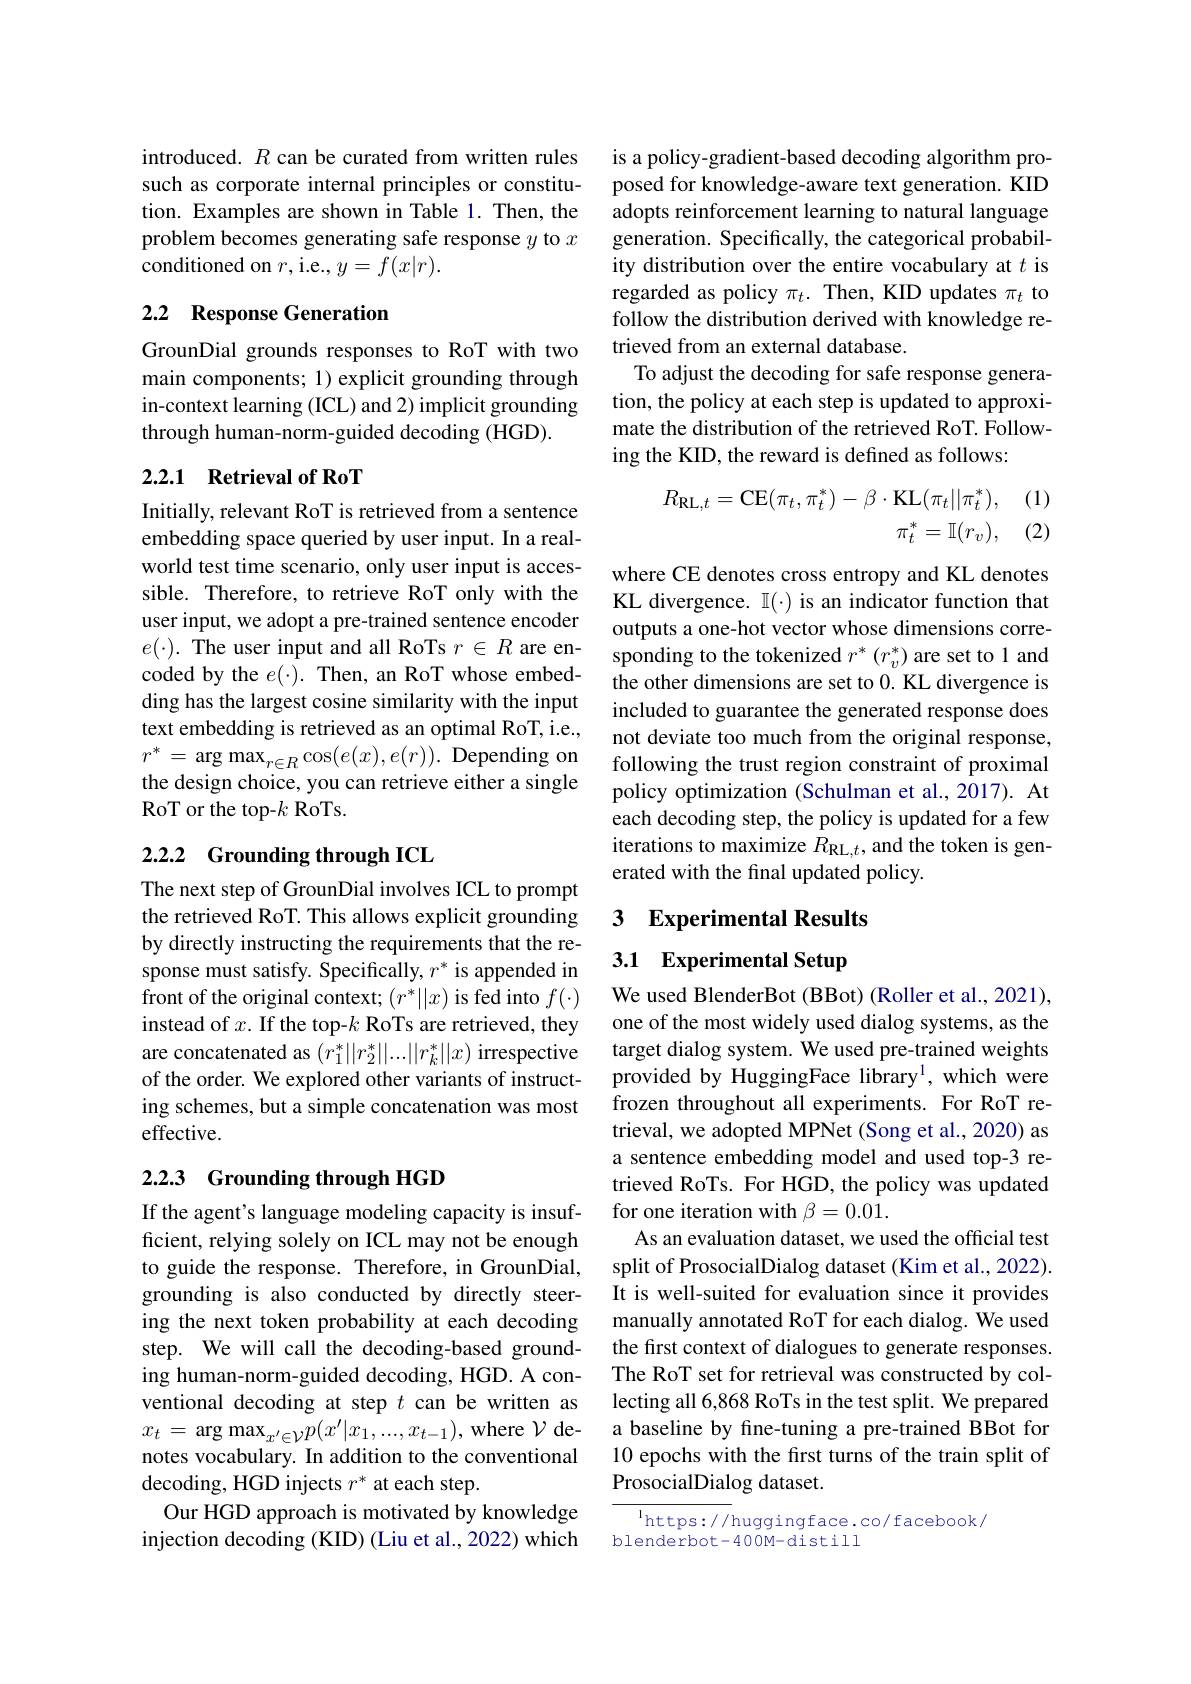
introduced. $R$ can be curated from written rules is a policy-gradient-based decoding algorithm pro-
such as corporate internal principles or constitution. Examples are shown in Table 1. Then, the problem becomes generating safe response $y$ to $x$ conditioned on $r$,i.e., $y=f(x|r).$

## 2.2 Response Generation

GrounDial grounds responses to RoT with two main components; 1) explicit grounding through in-context learning (ICL) and 2) implicit grounding through human-norm-guided decoding (HGD).

## 2.2.1 Retrieval of RoT

Initially, relevant RoT is retrieved from a sentence embedding space queried by user input. In a realworld test time scenario, only user input is accessible. Therefore, to retrieve RoT only with the user input, we adopt a pre-trained sentence encoder $e(\cdot).$ The user input and all RoTs $r\in R$ are encoded by the $e(\cdot).$ Then, an RoT whose embedding has the largest cosine similarity with the input text embedding is retrieved as an optimal RoT, i.e., $r^{*}=$arg max$_r\in R\cos(e(x),e(r)).$Depending on the design choice, you can retrieve either a single RoT or the top-$k$ RoTs.

## 2.2.2 Grounding through ICL

The next step of GrounDial involves ICL to prompt the retrieved RoT. This allows explicit grounding by directly instructing the requirements that the response must satisfy. Specifically, $r^*$ is appended in front of the original context; $(r^*||x)$ is fed into $f(\cdot)$ instead of $x.$ If the top-$k$ RoTs are retrieved, they are concatenated as $(r_1^*||r_2^*||...||r_k^*||x)$ irrespective of the order. We explored other variants of instructing schemes, but a simple concatenation was most effective.

## 2.2.3 Grounding through HGD

If the agent's language modeling capacity is insufficient, relying solely on ICL may not be enough to guide the response. Therefore, in GrounDial, grounding is also conducted by directly steering the next token probability at each decoding step. We will call the decoding-based grounding human-norm-guided decoding, HGD. A conventional decoding at step $t$ can be written as $x_{t}$ = $\arg \max _{x^{\prime }\in \mathcal{V} }p( x^{\prime }| x_{1}, . . . , x_{t- 1}) $,where $\mathcal{V}$denotes vocabulary. In addition to the conventional decoding, HGD injects $r^*$ at each step.
Our HGD approach is motivated by knowledge injection decoding (KID) (Liu et al., 2022) which

posed for knowledge-aware text generation. KID adopts reinforcement learning to natural language generation. Specifically, the categorical probability distribution over the entire vocabulary at is regarded as policy $\pi_t.$ Then, KID updates $\pi_t$ to follow the distribution derived with knowledge retrieved from an external database.
To adjust the decoding for safe response generation, the policy at each step is updated to approximate the distribution of the retrieved RoT. Following the KID, the reward is defined as follows:

(1)
$$\begin{aligned}R_{\mathrm{RL},t}=\mathrm{CE}(\pi_t,\pi_t^*)-\beta\cdot\mathrm{KL}(\pi_t||\pi_t^*),\\\pi_t^*=\mathbb{I}(r_v),\end{aligned}$$
(2)

where CE denotes cross entropy and KL denotes KL divergence. $\mathbb{I}(\cdot)$ is an indicator function that outputs a one-hot vector whose dimensions corresponding to the tokenized $r^*(r_v^*)$ are set to 1 and the other dimensions are set to 0. KL divergence is included to guarantee the generated response does not deviate too much from the original response, following the trust region constraint of proximal policy optimization (Schulman et al., 2017). At each decoding step, the policy is updated for a few iterations to maximize $R_{\mathrm{RL},t}$, and the token is generated with the final updated policy.

## 3 Experimental Results

# 3.1 Experimental Setup

We used BlenderBot (BBot) (Roller et al., 2021), one of the most widely used dialog systems, as the target dialog system. We used pre-trained weights provided by HuggingFace library$^1$, which were frozen throughout all experiments. For RoT retrieval, we adopted MPNet (Song et al., 2020) as a sentence embedding model and used top-3 retrieved RoTs. For HGD, the policy was updated for one iteration with $\beta=0.01.$
As an evaluation dataset, we used the official test split of ProsocialDialog dataset (Kim et al., 2022). It is well-suited for evaluation since it provides manually annotated RoT for each dialog. We used the first context of dialogues to generate responses. The RoT set for retrieval was constructed by collecting all 6,868 RoTs in the test split. We prepared a baseline by fine-tuning a pre-trained BBot for 10 epochs with the first turns of the train split of ProsocialDialog dataset.

$^{\mathrm{l}}$https://huggingface.co/facebook/
blenderbot-400M-distill